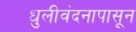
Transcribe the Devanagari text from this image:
धुलीवंदनापासून